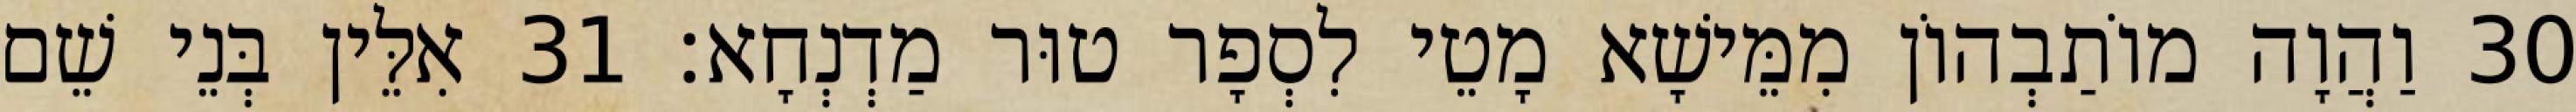
30 וַהֲוָה מוֹתַבְהוֹן מִמֵּישָׁא מָטֵי לִסְפָר טוּר מַדְנְחָא׃ 31 אִלֵּין בְּנֵי שֵׁם